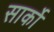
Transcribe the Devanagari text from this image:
सार्को